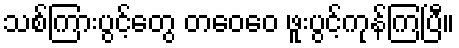
သစ်ကြားပွင့်တွေ တဝေဝေ ဖူးပွင့်ကုန်ကြပြီ။